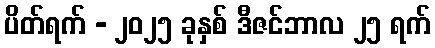
ပိတ်ရက် - ၂၀၂၅ ခုနှစ် ဒီဇင်ဘာလ ၂၅ ရက်